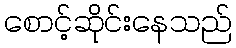
စောင့်ဆိုင်းနေသည်